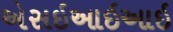
એસઇઆઇઆઇ